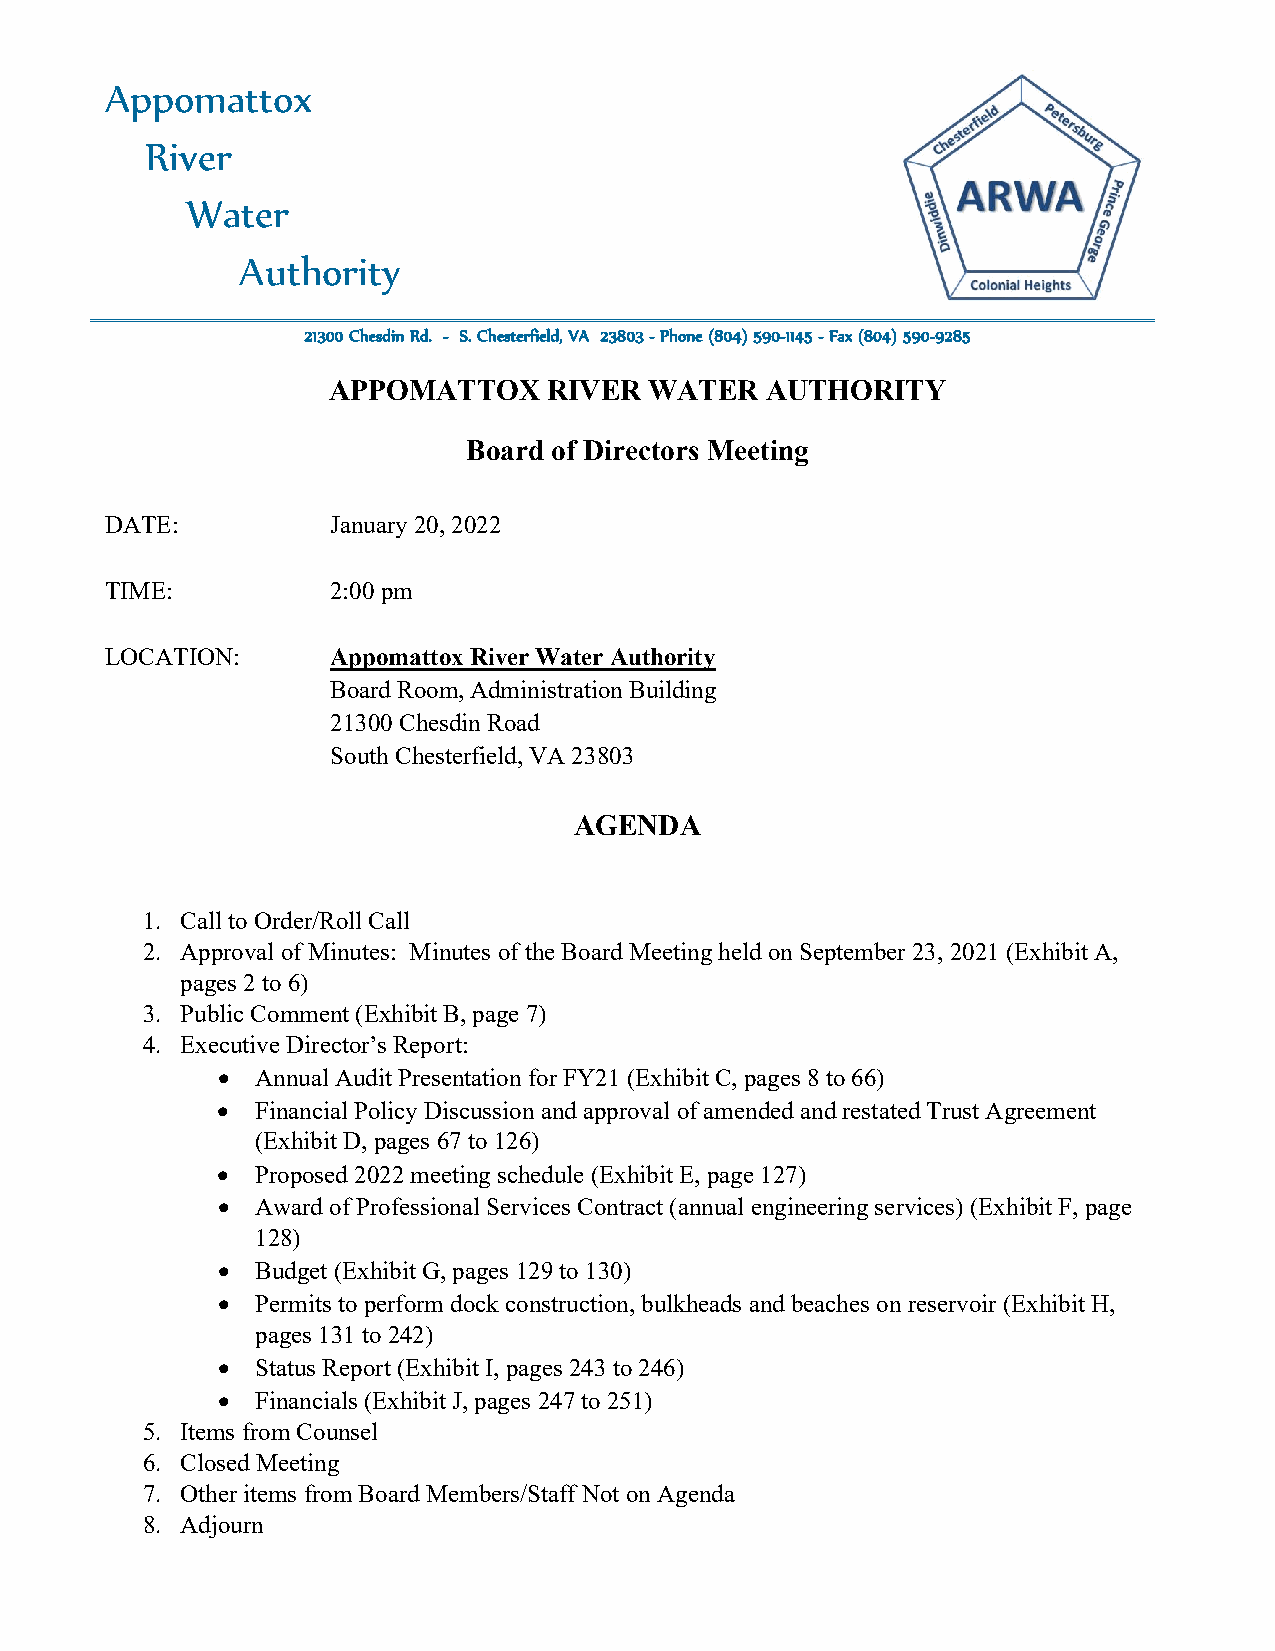
Appomattox
 River
 Water
 Authority
 21300 Chesdin Rd. - S. Chesterfield, VA 23803 - Phone (804) 590-1145 - Fax (804) 590-9285
 APPOMATTOX    RIVER  WATER   AUTHORITY
 Board of Directors Meeting
 DATE:          January 20, 2022
 TIME:          2:00 pm
 LOCATION:      Appomattox River Water Authority
 Board Room, Administration Building
 21300 Chesdin Road
 South Chesterfield, VA 23803
 AGENDA
 1. Call to Order/Roll Call
 2. Approval of Minutes: Minutes of the Board Meeting held on September 23, 2021 (Exhibit A,
 pages 2 to 6)
 3. Public Comment (Exhibit B, page 7)
 4. Executive Director’s Report:
 •  Annual Audit Presentation for FY21 (Exhibit C, pages 8 to 66)
 •  Financial Policy Discussion and approval of amended and restated Trust Agreement
 (Exhibit D, pages 67 to 126)
 •  Proposed 2022 meeting schedule (Exhibit E, page 127)
 •  Award of Professional Services Contract (annual engineering services) (Exhibit F, page
 128)
 •  Budget (Exhibit G, pages 129 to 130)
 •  Permits to perform dock construction, bulkheads and beaches on reservoir (Exhibit H,
 pages 131 to 242)
 •  Status Report (Exhibit I, pages 243 to 246)
 •  Financials (Exhibit J, pages 247 to 251)
 5. Items from Counsel
 6. Closed Meeting
 7. Other items from Board Members/Staff Not on Agenda
 8. Adjourn